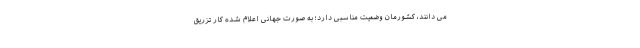
می دانند، کشورمان وضعیت مناسبی دارد؛ به صورت جهانی اعلام شده کار تزریق